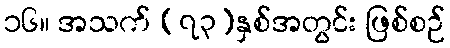
၁၆။ အသက် (၇၃)နှစ်အတွင်း ဖြစ်စဉ်